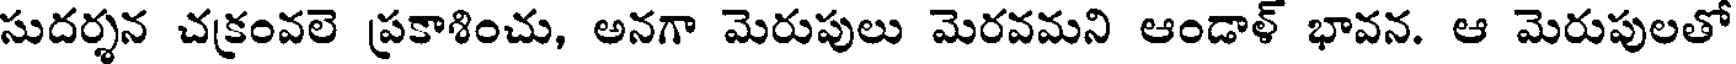
సుదర్శన చక్రంవలె ప్రకాశించు, అనగా మెరుపులు మెరవమని ఆండాళ్ భావన. ఆ మెరుపులతో